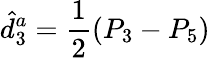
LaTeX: \hat{d}_{3}^{a}=\frac{1}{2}(P_{3}-P_{5})